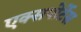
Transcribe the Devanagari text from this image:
एक्सपोर्टेस